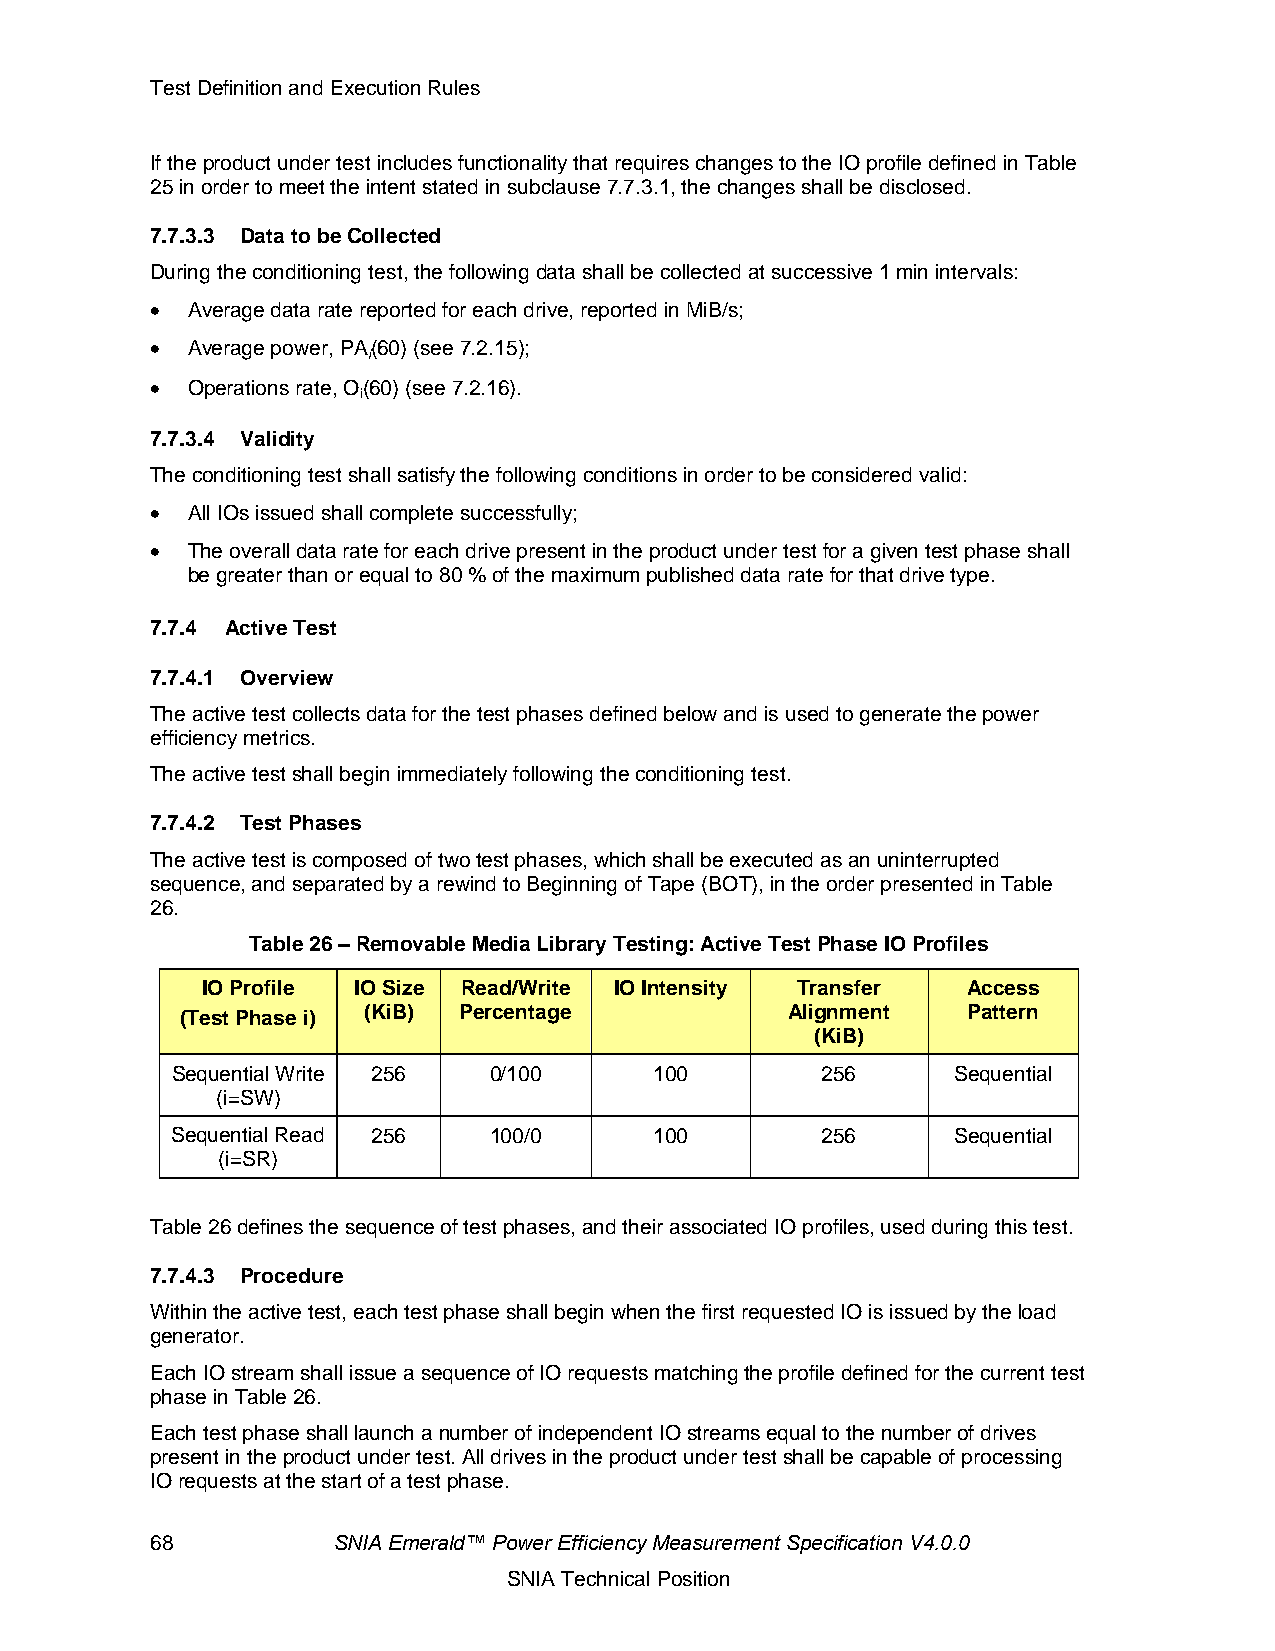
Test Definition and Execution Rules
 If the product under test includes functionality that requires changes to the IO profile defined in Table
 25 in order to meet the intent stated in subclause 7.7.3.1, the changes shall be disclosed.
 7.7.3.3 Data to be Collected
 During the conditioning test, the following data shall be collected at successive 1 min intervals:
 • Average data rate reported for each drive, reported in MiB/s;
 • Average power, PA(60) (see 7.2.15);
 i
 • Operations rate, O(60) (see 7.2.16).
 i
 7.7.3.4 Validity
 The conditioning test shall satisfy the following conditions in order to be considered valid:
 • All IOs issued shall complete successfully;
 • The overall data rate for each drive present in the product under test for a given test phase shall
 be greater than or equal to 80 % of the maximum published data rate for that drive type.
 7.7.4 Active Test
 7.7.4.1 Overview
 The active test collects data for the test phases defined below and is used to generate the power
 efficiency metrics.
 The active test shall begin immediately following the conditioning test.
 7.7.4.2 Test Phases
 The active test is composed of two test phases, which shall be executed as an uninterrupted
 sequence, and separated by a rewind to Beginning of Tape (BOT), in the order presented in Table
 26.
 Table 26 – Removable Media Library Testing: Active Test Phase IO Profiles
 IO Profile IO Size Read/Write IO Intensity Transfer Access
 (KiB) Percentage            Alignment   Pattern
 (Test Phase i)
 (KiB)
 Sequential Write 256 0/100      100        256      Sequential
 (i=SW)
 Sequential Read 256  100/0      100        256      Sequential
 (i=SR)
 Table 26 defines the sequence of test phases, and their associated IO profiles, used during this test.
 7.7.4.3 Procedure
 Within the active test, each test phase shall begin when the first requested IO is issued by the load
 generator.
 Each IO stream shall issue a sequence of IO requests matching the profile defined for the current test
 phase in Table 26.
 Each test phase shall launch a number of independent IO streams equal to the number of drives
 present in the product under test. All drives in the product under test shall be capable of processing
 IO requests at the start of a test phase.
 68          SNIA Emerald™ Power Efficiency Measurement Specification V4.0.0
 SNIA Technical Position